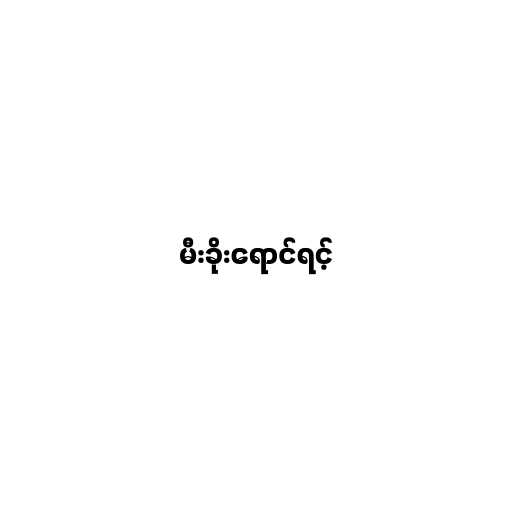
မီးခိုးရောင်ရင့်